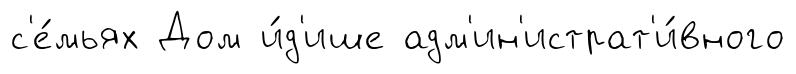
с'е́мьях Дом и́д'ише адм'ин'истрат'и́вного